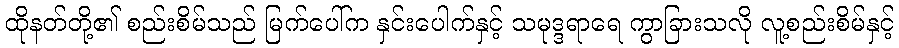
ထိုနတ်တို့၏ စည်းစိမ်သည် မြက်ပေါ်က နှင်းပေါက်နှင့် သမုဒ္ဒရာရေ ကွာခြားသလို လူ့စည်းစိမ်နှင့်